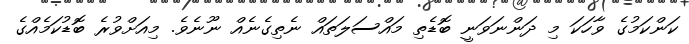
ކަންކަމުގެ ވާހަކަ މި ދަންނަވަނީ ބޮޑެތި މައްސަލަތައް ނެތިގެނެއް ނޫނެވެ. މިއަށްވުރެ ބޮޑުކަމެއްގެ